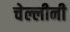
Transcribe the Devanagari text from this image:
चेल्लीनी